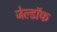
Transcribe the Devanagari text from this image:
जेल्डॉफ